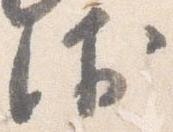
衛